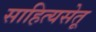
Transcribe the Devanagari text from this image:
साहित्यसेतू